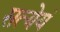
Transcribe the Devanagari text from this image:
सत्येयं